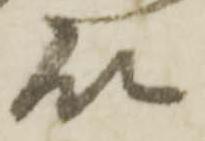
殿